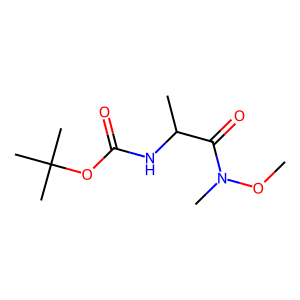
SMILES: CON(C)C(=O)C(C)NC(=O)OC(C)(C)C
Inhibits HIV replication: No